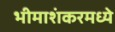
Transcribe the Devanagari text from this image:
भीमाशंकरमध्ये